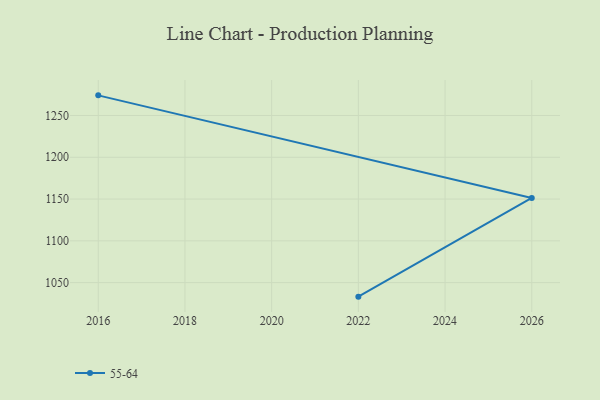
{"axis": {"x": "Year", "y": "Shipments"}, "legend": ["55-64"], "data": [{"x": "2022", "y": 1033.2, "type": "55-64"}, {"x": "2026", "y": 1151.3, "type": "55-64"}, {"x": "2016", "y": 1274.1, "type": "55-64"}]}